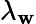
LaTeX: \lambda_{\mathbf{w}}